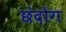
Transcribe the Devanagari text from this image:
छंदोग